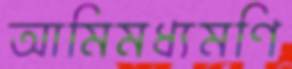
আমিমধ্যমণি